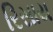
રિસાય